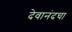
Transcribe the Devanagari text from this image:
देवानंदचा